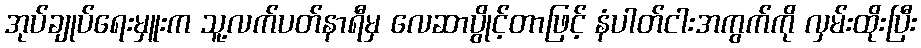
အုပ်ချုပ်ရေးမှူးက သူ့လက်ပတ်နာရီမှ လေဆာပွိုင့်တာဖြင့် နံပါတ်ငါးအကွက်ကို လှမ်းထိုးပြီး